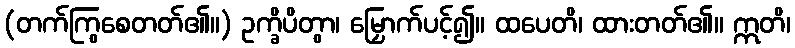
(တက်ကြွစေတတ်၏။) ဥက္ခိပိတွာ၊ မြှောက်ပင့်၍။ ထပေတိ၊ ထားတတ်၏။ ဣတိ၊